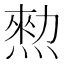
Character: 𤍂